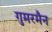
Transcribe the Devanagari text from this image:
गुमरमैन